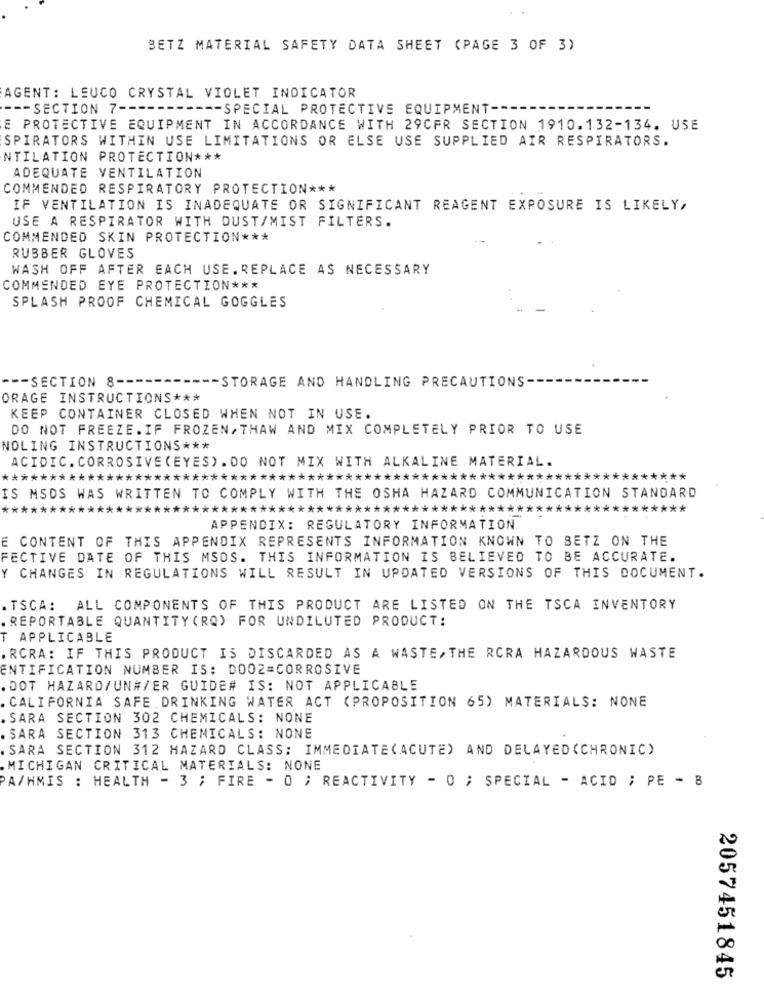
BETZ MATERIAL SAFETY DATA SHEET (PAGE 3 OF 3)
AGENT: LEUCO CRYSTAL VIOLET INDICATOR
--- SECTION 7 --
--- SPECIAL PROTECTIVE EQUIPMENT --
E PROTECTIVE EQUIPMENT IN ACCORDANCE WITH 29CFR SECTION 1910.132-134. USE
SPIRATORS WITHIN USE LIMITATIONS OR ELSE USE SUPPLIED AIR RESPIRATORS.
NTILATION PROTECTION ***
ADEQUATE VENTILATION
COMMENDED RESPIRATORY PROTECTION ***
IF VENTILATION IS INADEQUATE OR SIGNIFICANT REAGENT EXPOSURE IS LIKELY,
USE A RESPIRATOR WITH DUST/MIST FILTERS.
COMMENDED SKIN PROTECTION ***
RUBBER GLOVES
WASH OFF AFTER EACH USE. REPLACE AS NECESSARY
COMMENDED EYE PROTECTION ***
SPLASH PROOF CHEMICAL GOGGLES
--- SECTION 8 ---
------ STORAGE AND HANDLING PRECAUTIONS-
ORAGE INSTRUCTIONS ***
KEEP CONTAINER CLOSED WHEN NOT IN USE.
DO NOT FREEZE. IF FROZEN, THAW AND MIX COMPLETELY PRIOR TO USE
NOLING INSTRUCTIONS ***
ACIDIC. CORROSIVE (EYES).DO NOT MIX WITH ALKALINE MATERIAL.
***********
******************
***************
************
IS MSDS WAS WRITTEN TO COMPLY WITH THE OSHA HAZARD COMMUNICATION STANDARD
*************************************************************
***
APPENDIX: REGULATORY INFORMATION
E CONTENT OF THIS APPENDIX REPRESENTS INFORMATION KNOWN TO BETZ ON THE
FECTIVE DATE OF THIS MSDS. THIS INFORMATION IS BELIEVED TO BE ACCURATE.
Y CHANGES IN REGULATIONS WILL RESULT IN UPDATED VERSIONS OF THIS DOCUMENT.
TSCA: ALL COMPONENTS OF THIS PRODUCT ARE LISTED ON THE TSCA INVENTORY
REPORTABLE QUANTITY (RQ) FOR UNDILUTED PRODUCT:
T APPLICABLE
. RCRA: IF THIS PRODUCT IS DISCARDED AS A WASTE, THE RCRA HAZARDOUS WASTE
ENTIFICATION NUMBER IS: DOO2=CORROSIVE
DOT HAZARD/UN#/ER GUIDE# IS: NOT APPLICABLE
CALIFORNIA SAFE. DRINKING WATER ACT (PROPOSITION 65) MATERIALS: NONE
SARA SECTION 302 CHEMICALS: NONE
.SARA SECTION 313 CHEMICALS: NONE
SARA SECTION 312 HAZARD CLASS: IMMEDIATE(ACUTE) AND DELAYED (CHRONIC)
.MICHIGAN CRITICAL MATERIALS: NONE
PA/HMIS : HEALTH - 3 ; FIRE - O ; REACTIVITY - O ; SPECIAL - ACID ; PE - 8
2057451845